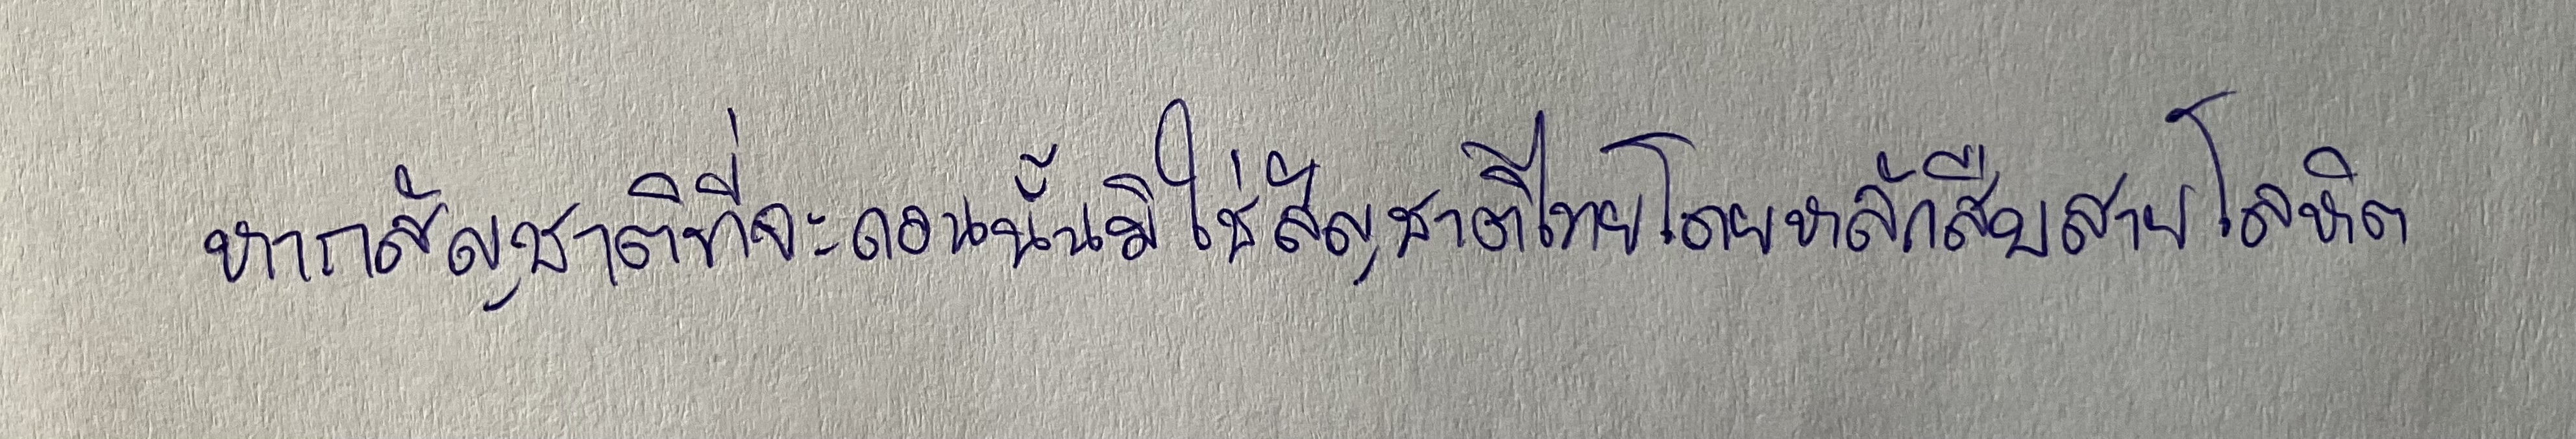
หากสัญชาติที่จะถอนนั้นมิใช่สัญชาติไทยโดยหลักสืบสายโลหิต